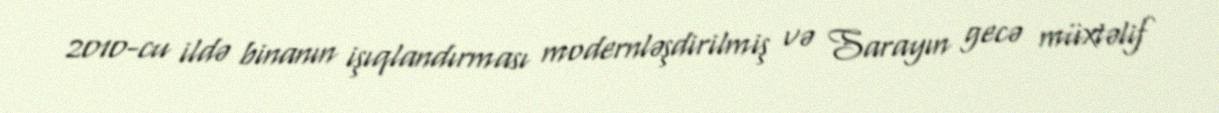
2010-cu ildə binanın işıqlandırması modernləşdirilmiş və Sarayın gecə müxtəlif